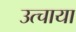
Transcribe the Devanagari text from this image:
उत्चाया